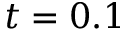
t = 0 . 1